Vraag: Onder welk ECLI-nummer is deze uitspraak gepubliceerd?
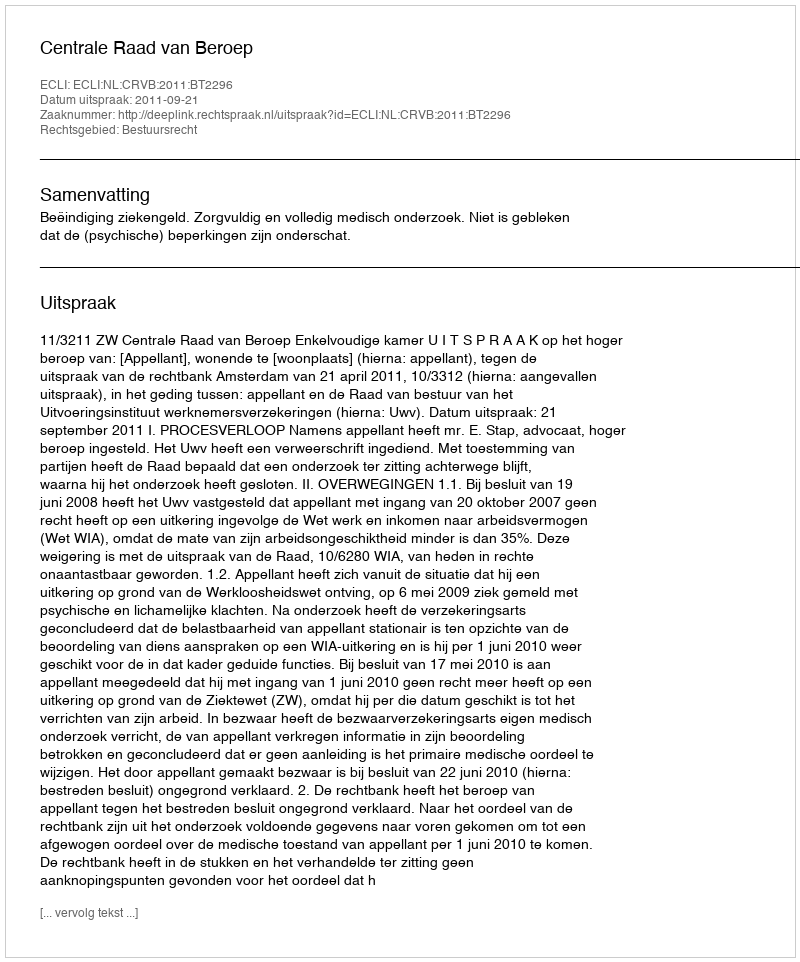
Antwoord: ECLI:NL:CRVB:2011:BT2296